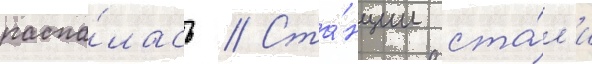
распа́лась // Ста́нции ста́л'и